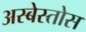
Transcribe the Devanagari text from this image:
अस्बेस्तोस